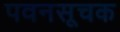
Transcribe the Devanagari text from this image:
पवनसूचक